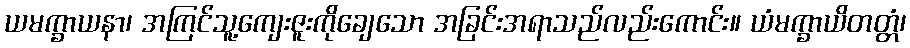
ယမက္ခာယနာ၊ အကြင်သူ့ကျေးဇူးကိုချေသော အခြင်းအရာသည်လည်းကောင်း။ ယံမက္ခာယိတတ္တံ၊